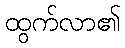
ထွက်လာ၏